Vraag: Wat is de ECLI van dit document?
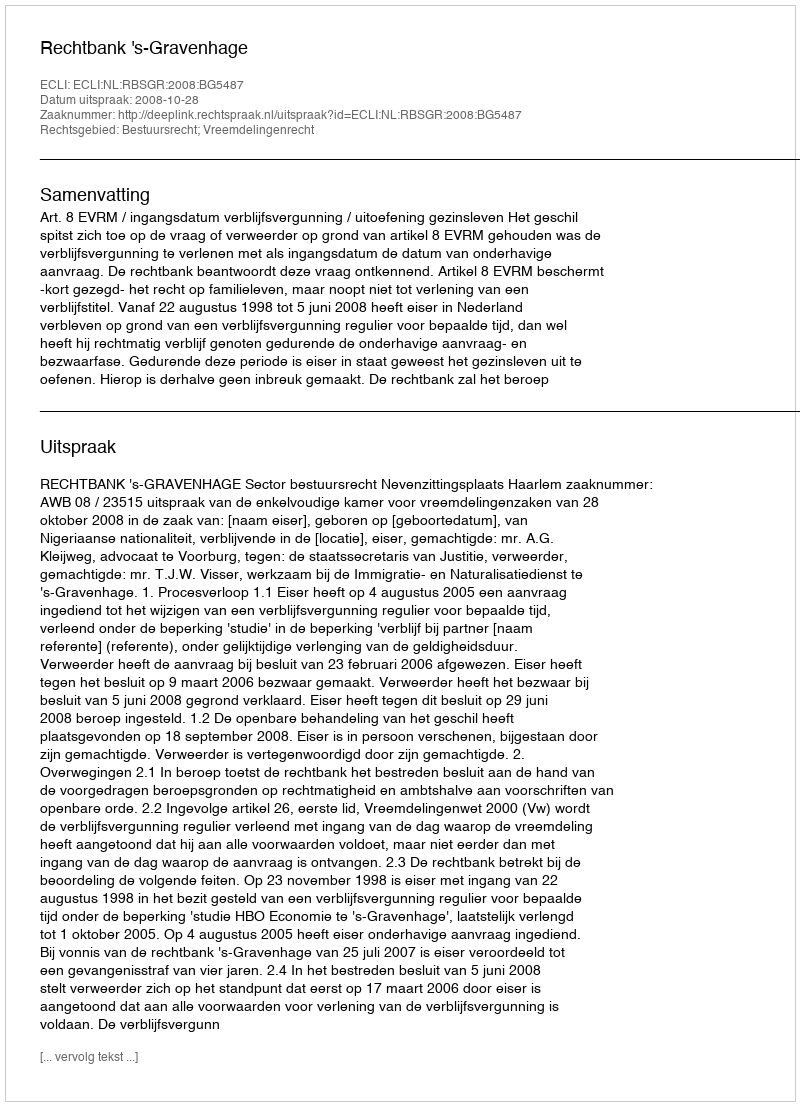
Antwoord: ECLI:NL:RBSGR:2008:BG5487